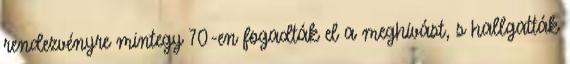
rendezvényre mintegy 70-en fogadták el a meghívást, s hallgatták